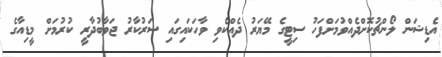
އެޑިޝަން ލޯންޗުކޮށްދެއްވުމަށްފަހު ސިޓީގެ މޭޔަރު ދެއްކެވި ވާހަކައިގައި ސަރުކާރު ޖަވާބުދާރީ ކުރުމަށް މީޑިއާގެ